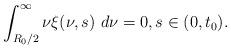
LaTeX: \begin{align*} \int_{R_{0}/2}^{\infty}\nu\xi(\nu,s)\ d\nu=0,s\in(0, t_{0}). \end{align*}